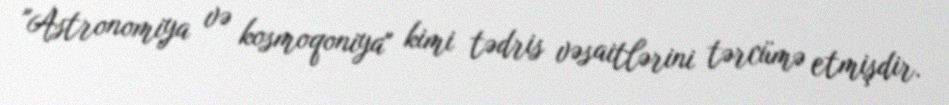
"Astronomiya və kosmoqoniya" kimi tədris vəsaitlərini tərcümə etmişdir.